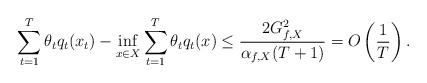
LaTeX: \begin{align*}\sum_{t=1}^T \theta_t q_t(x_t) - \inf_{x \in X} \sum_{t=1}^T \theta_t q_t(x) \leq \frac{2 G_{f,X}^2}{\alpha_{f,X} (T+1)} = O\left(\frac{1}{T}\right).\end{align*}